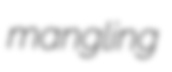
mangling